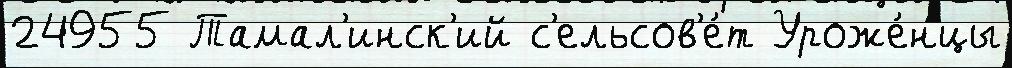
24955 Тамал'инск'ий с'ельсов'е́т Уроже́нцы